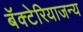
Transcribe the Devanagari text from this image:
बॅक्टेरियाजन्य